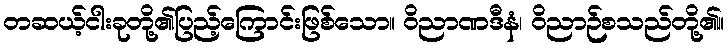
တဆယ့်ငါးခုတို့၏ပြည့်ကြောင်းဖြစ်သော။ ဝိညာဏဒီနံ၊ ဝိညာဉ်စသည်တို့၏။